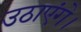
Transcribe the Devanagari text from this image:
उठाएंगे।